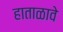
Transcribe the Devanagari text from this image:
हाताळावे